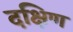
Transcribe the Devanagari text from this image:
दक्षिण्‍ा